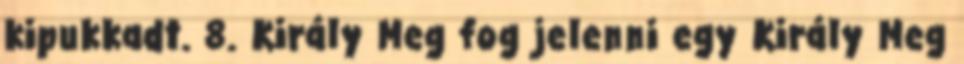
kipukkadt. 8. Király Meg fog jelenni egy Király Meg